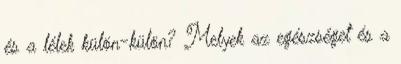
és a lélek külön-külön? Melyek az egészséget és a